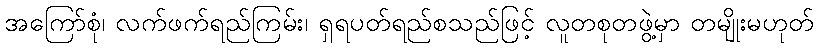
အကြော်စုံ၊ လက်ဖက်ရည်ကြမ်း၊ ရှရပတ်ရည်စသည်ဖြင့် လူတစုတဖွဲ့မှာ တမျိုးမဟုတ်